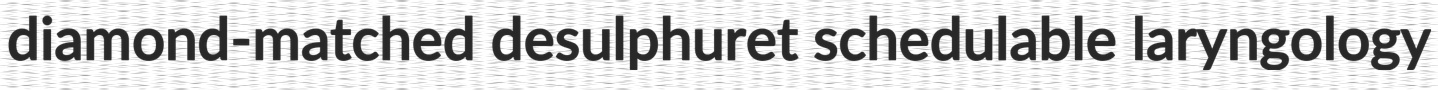
diamond-matched desulphuret schedulable laryngology